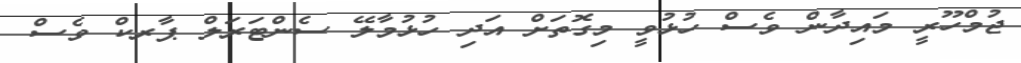
ޖުމްހޫރީ މައިދާން ވެސް ހުޅުވީ މިގޮތަށް އަދި ހުޅުމާލޭ ސެންޓަރަލް ޕާރކް ވެސް